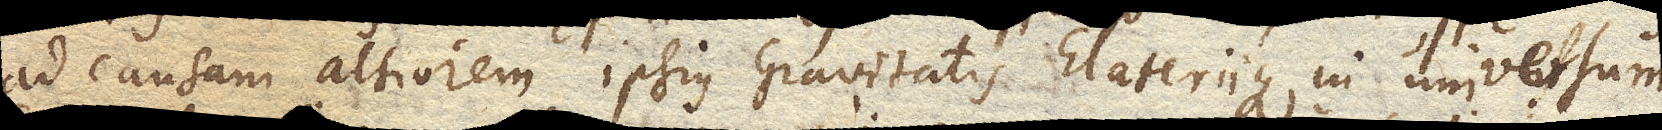
ad causam altiorem ipsius Gravitatis Elateriique in universum,